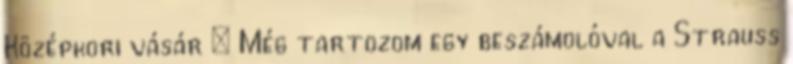
Középkori vásár : Még tartozom egy beszámolóval a Strauss